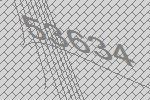
53634